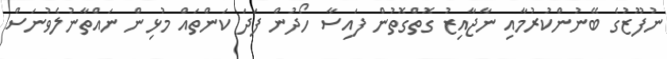
ނުފޫޒުގެ ބޭނުންކުރުމާއި ނާޖާއިޒު ގޮތްގޮތުން ފައިސާ ހޯދުން ފަދަ ކަންތައް މުޅިން ނައްތާނުލެވުނަސް